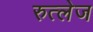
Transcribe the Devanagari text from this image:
रुत्लेज